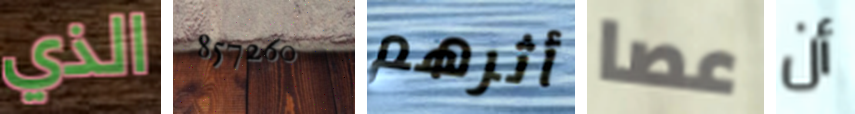
الذي 857260 أثرهم عصا أن